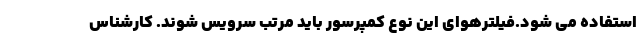
استفاده می شود.فیلترهوای این نوع کمپرسور باید مرتب سرویس شوند. کارشناس